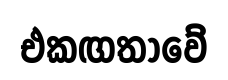
එකඟතාවේ